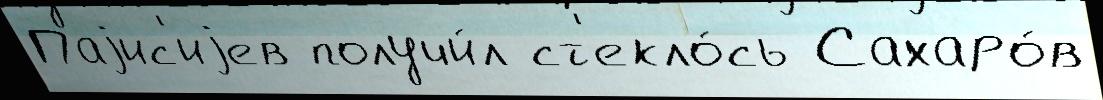
Паjис'иjев получи́л ст'екло́сь Сахаро́в